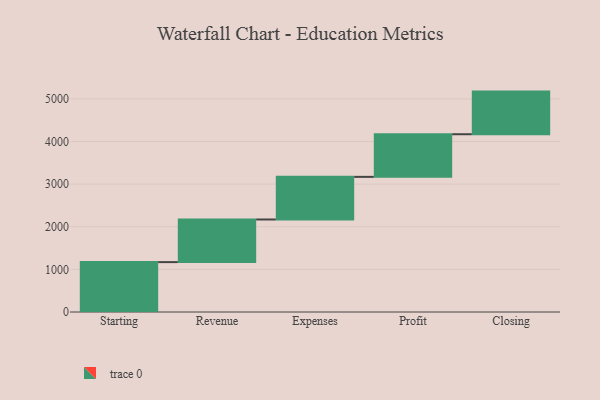
{"axis": {"x": "Step", "y": "Value"}, "legend": [""], "data": [{"x": "Starting", "y": 1170.0, "type": ""}, {"x": "Revenue", "y": 1000, "type": ""}, {"x": "Expenses", "y": 1000, "type": ""}, {"x": "Profit", "y": 1000, "type": ""}, {"x": "Closing", "y": 1000, "type": ""}]}